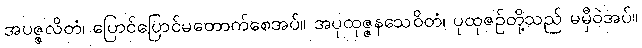
အပဇ္ဇလိတံ၊ ပြောင်ပြောင်မတောက်စေအပ်။ အပုထုဇ္ဇနသေဝိတံ၊ ပုထုဇဉ်တို့သည် မမှီဝဲအပ်။